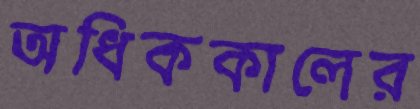
অধিককালের